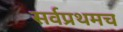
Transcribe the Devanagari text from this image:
सर्वप्रथमच